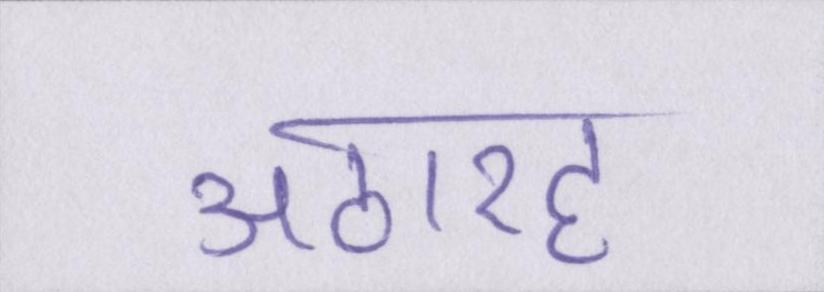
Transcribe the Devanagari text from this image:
अठारह